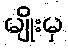
မျိုးမှ